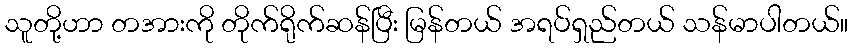
သူတို့ဟာ တအားကို တိုက်ရိုက်ဆန်ပြီး မြန်တယ် အရပ်ရှည်တယ် သန်မာပါတယ်။